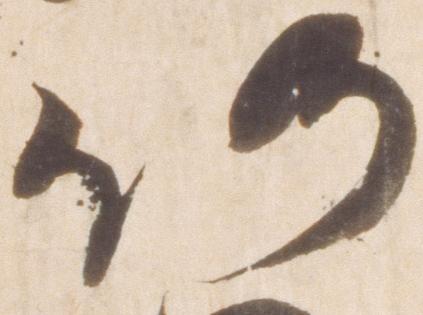
仍